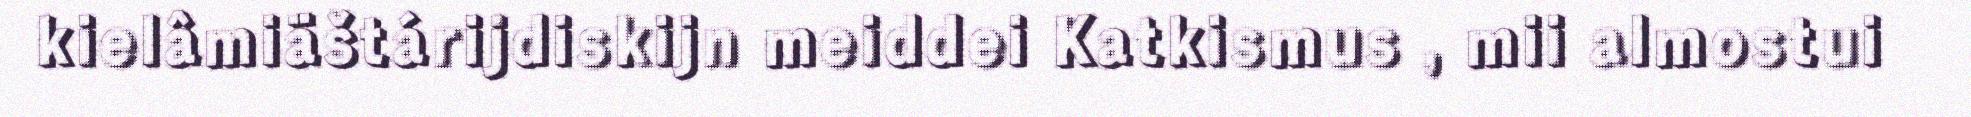
kielâmiäštárijdiskijn meiddei Katkismus , mii almostui